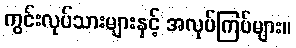
ကွင်းလုပ်သားများနှင့် အလုပ်ကြပ်များ။